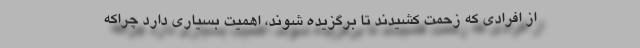
از افرادی که زحمت کشیدند تا برگزیده شوند، اهمیت بسیاری دارد چراکه